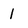
Character: 1